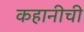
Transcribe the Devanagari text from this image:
कहानीची